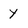
Character: Y